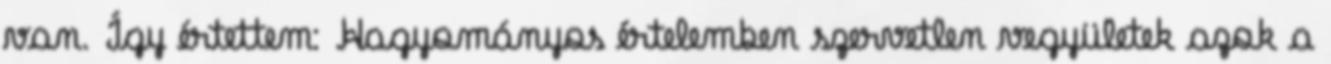
van. Így értettem: Hagyományos értelemben szervetlen vegyületek azok a